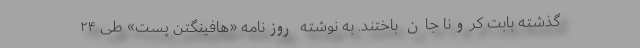
گذشته بابت کرونا جان باختند. به نوشته روزنامه «هافینگتن پست» طی ۲۴